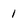
Character: 1